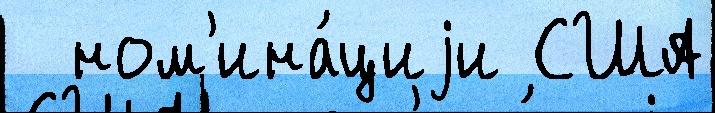
  ном'ина́циjи США